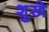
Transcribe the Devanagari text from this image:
शुखे